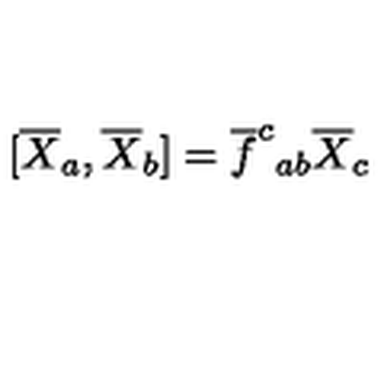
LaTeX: [ \overline { { X } } _ { a } , \overline { { X } } _ { b } ] = \overline { { f } } ^ { c } { } _ { a b } \overline { { X } } _ { c }